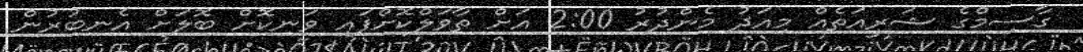
ގާސިމްގެ ޝަރީއަތެއް މިއަދު މެންދުރު 2:00 އަށް ތާވަލްކޮށްފައި ވަނިކޮށް ބޮލަށް އެނބުރުން